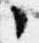
々